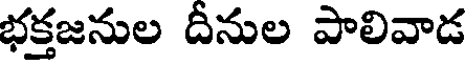
భక్తజనుల దీనుల పాలివాడ